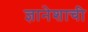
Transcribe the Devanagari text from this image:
ज्ञानेशाची